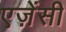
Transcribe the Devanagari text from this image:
एज़ेंसी